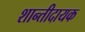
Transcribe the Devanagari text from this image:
शान्तीदायक